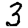
Digit: 3